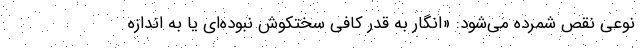
نوعی نقص شمرده می‌شود: «انگار به قدر کافی سختکوش نبوده‌ای یا به اندازه